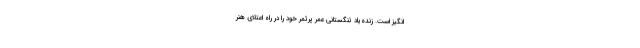
‌انگیز است. زنده‌یاد تنگستانی عمر پرثمر خود را در راه اعتلای هنر